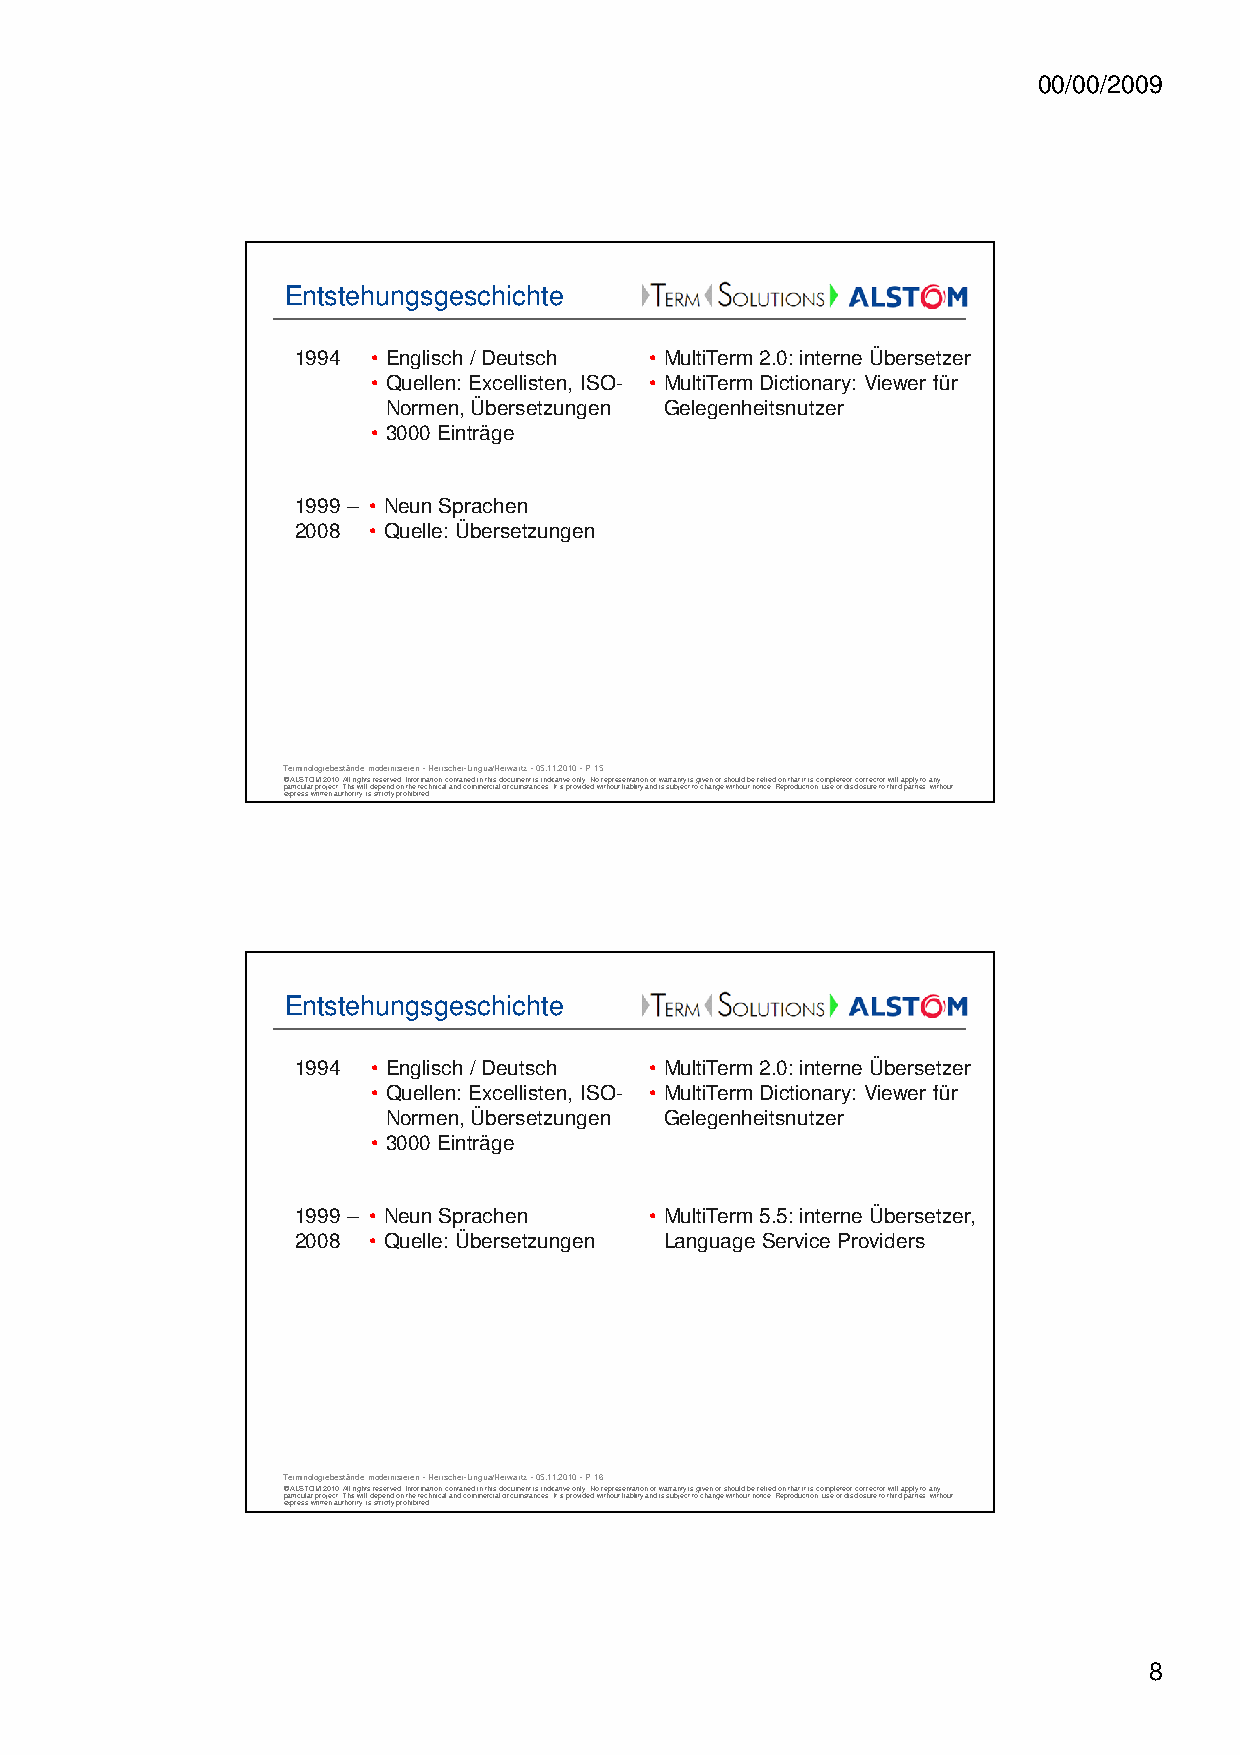
00/00/2009
 Entstehungsgeschichte
 1994 • Englisch / Deutsch • MultiTerm 2.0: interne Übersetzer
 • Quellen: Excellisten, ISO- • MultiTerm Dictionary: Viewer für
 Normen, Übersetzungen Gelegenheitsnutzer
 • 3000 Einträge
 1999 – • Neun Sprachen
 2008 • Quelle: Übersetzungen
 Terminologiebestände modernisieren -Herrscher-Lingua/Herwartz -05.11.2010 -P 15
 © ALSTOM 2010. All rights reserved. Information contained in this document is indicative only. No representation or warranty is given or should be relied on that it is complete or correct or will apply to any
 particular project. This will depend on the technical and commercial circumstances. It is provided without liability and is subject to change without notice. Reproduction, use or disclosure to third parties, without
 express written authority, is strictly prohibited.
 Entstehungsgeschichte
 1994 • Englisch / Deutsch • MultiTerm 2.0: interne Übersetzer
 • Quellen: Excellisten, ISO- • MultiTerm Dictionary: Viewer für
 Normen, Übersetzungen Gelegenheitsnutzer
 • 3000 Einträge
 1999 – • Neun Sprachen • MultiTerm 5.5: interne Übersetzer,
 2008 • Quelle: Übersetzungen Language Service Providers
 Terminologiebestände modernisieren -Herrscher-Lingua/Herwartz -05.11.2010 -P 16
 © ALSTOM 2010. All rights reserved. Information contained in this document is indicative only. No representation or warranty is given or should be relied on that it is complete or correct or will apply to any
 particular project. This will depend on the technical and commercial circumstances. It is provided without liability and is subject to change without notice. Reproduction, use or disclosure to third parties, without
 express written authority, is strictly prohibited.
 8